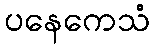
ပနေကေသံ